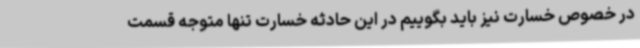
در خصوص خسارت نیز باید بگوییم در این حادثه خسارت تنها متوجه قسمت